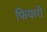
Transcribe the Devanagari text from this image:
फियारो